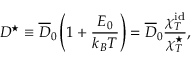
D ^ { \star } \equiv \overline { { D } } _ { 0 } \left( 1 + \frac { E _ { 0 } } { k _ { B } T } \right) = \overline { { D } } _ { 0 } \frac { \chi _ { T } ^ { \mathrm { i d } } } { \chi _ { T } ^ { \star } } ,